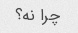
چرا نه؟